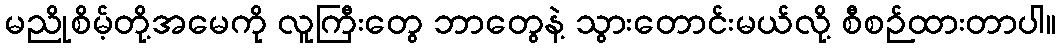
မညိုစိမ့်တို့အမေကို လူကြီးတွေ ဘာတွေနဲ့ သွားတောင်းမယ်လို့ စီစဉ်ထားတာပါ။